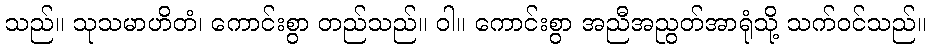
သည်။ သုသမာဟိတံ၊ ကောင်းစွာ တည်သည်။ ဝါ။ ကောင်းစွာ အညီအညွတ်အာရုံသို့ သက်ဝင်သည်။